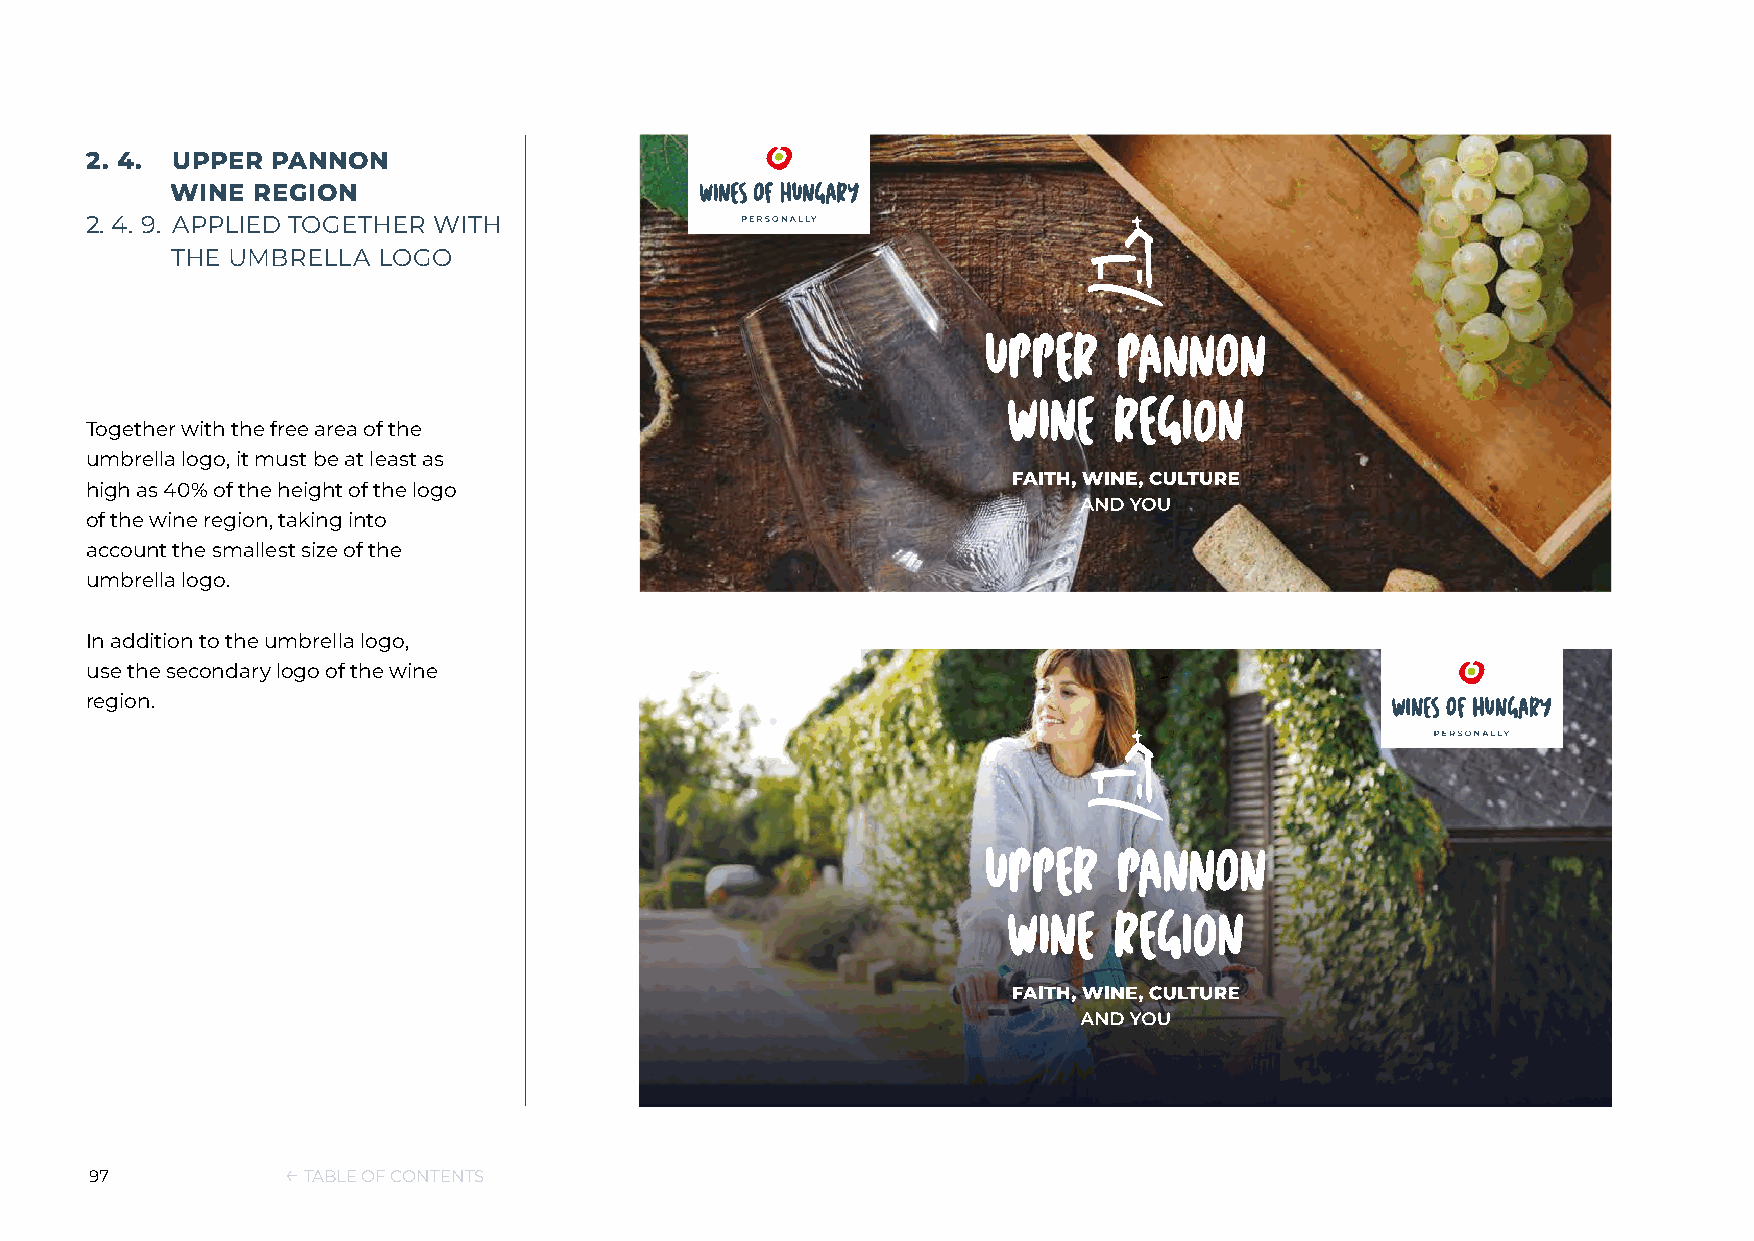
2. 4. UPPER PANNON
 WINE  REGION
 2. 4. 9. APPLIED TOGETHER WITH
 THE UMBRELLA  LOGO
 Together with the free area of the
 umbrella logo, it must be at least as
 high as 40% of the height of the logo
 of the wine region, taking into
 account the smallest size of the
 umbrella logo.
 In addition to the umbrella logo,
 use the secondary logo of the wine
 region.
 97           ← TABLE OF CONTENTS